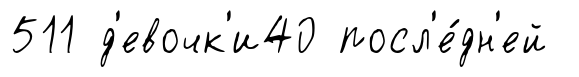
511 д'евочк'и40 посл'е́дн'ей